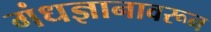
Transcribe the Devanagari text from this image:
गंधज्ञानावरून